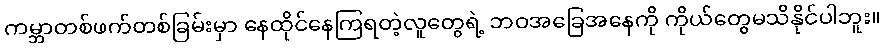
ကမ္ဘာတစ်ဖက်တစ်ခြမ်းမှာ နေထိုင်နေကြရတဲ့လူတွေရဲ့ ဘဝအခြေအနေကို ကိုယ်တွေမသိနိုင်ပါဘူး။